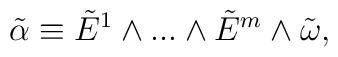
{\tilde\alpha}\equiv {\tilde  E}^1\wedge...\wedge   {\tilde  E}^m\wedge {\tilde \omega},